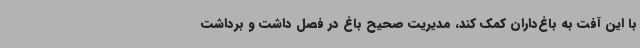
با این آفت به باغ‌داران کمک کند، مدیریت صحیح باغ در فصل داشت و برداشت